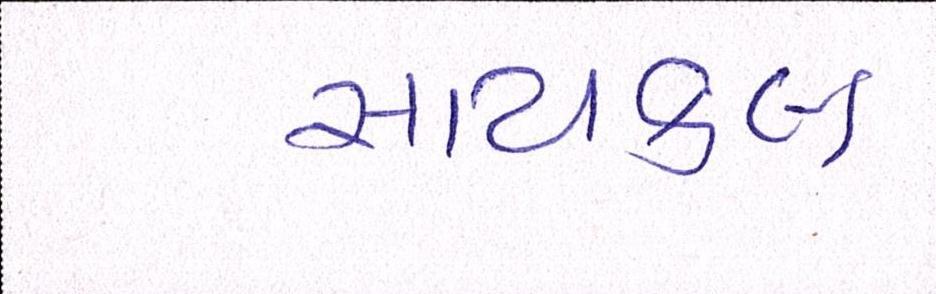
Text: સાયકલ